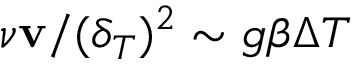
\nu { \bf v } / ( \delta _ { T } ) ^ { 2 } \sim g \beta \Delta T